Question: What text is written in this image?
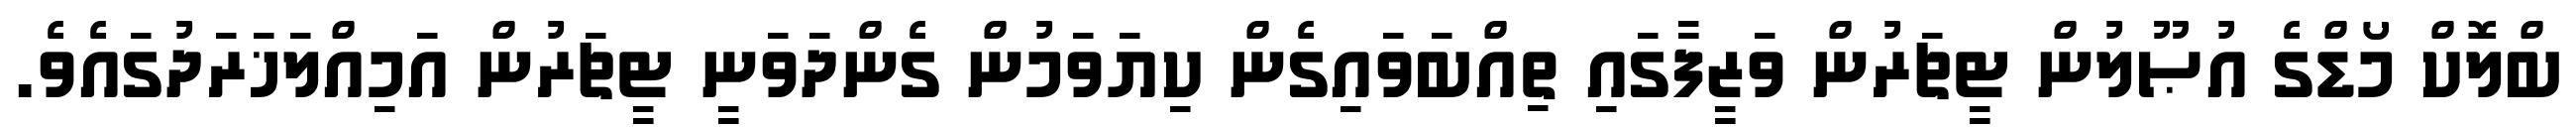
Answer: ބްލޮކް މޯޑްގެ އުޞޫލުން ޓީޗަރުން ވަޒީފާގައި ތިއްބަވައިގެން ކިޔަވަމުން ގެންދަވަނީ ޓީޗަރުން އަމިއްލަޚަރަދުގައެވެ.